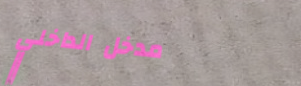
مدخل الداخلي